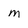
Character: m